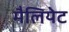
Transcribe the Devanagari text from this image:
मैलियेट